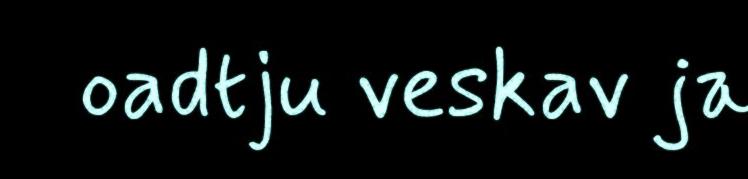
oadtju veskav ja